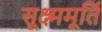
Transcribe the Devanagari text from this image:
सूक्ष्ममूर्ति